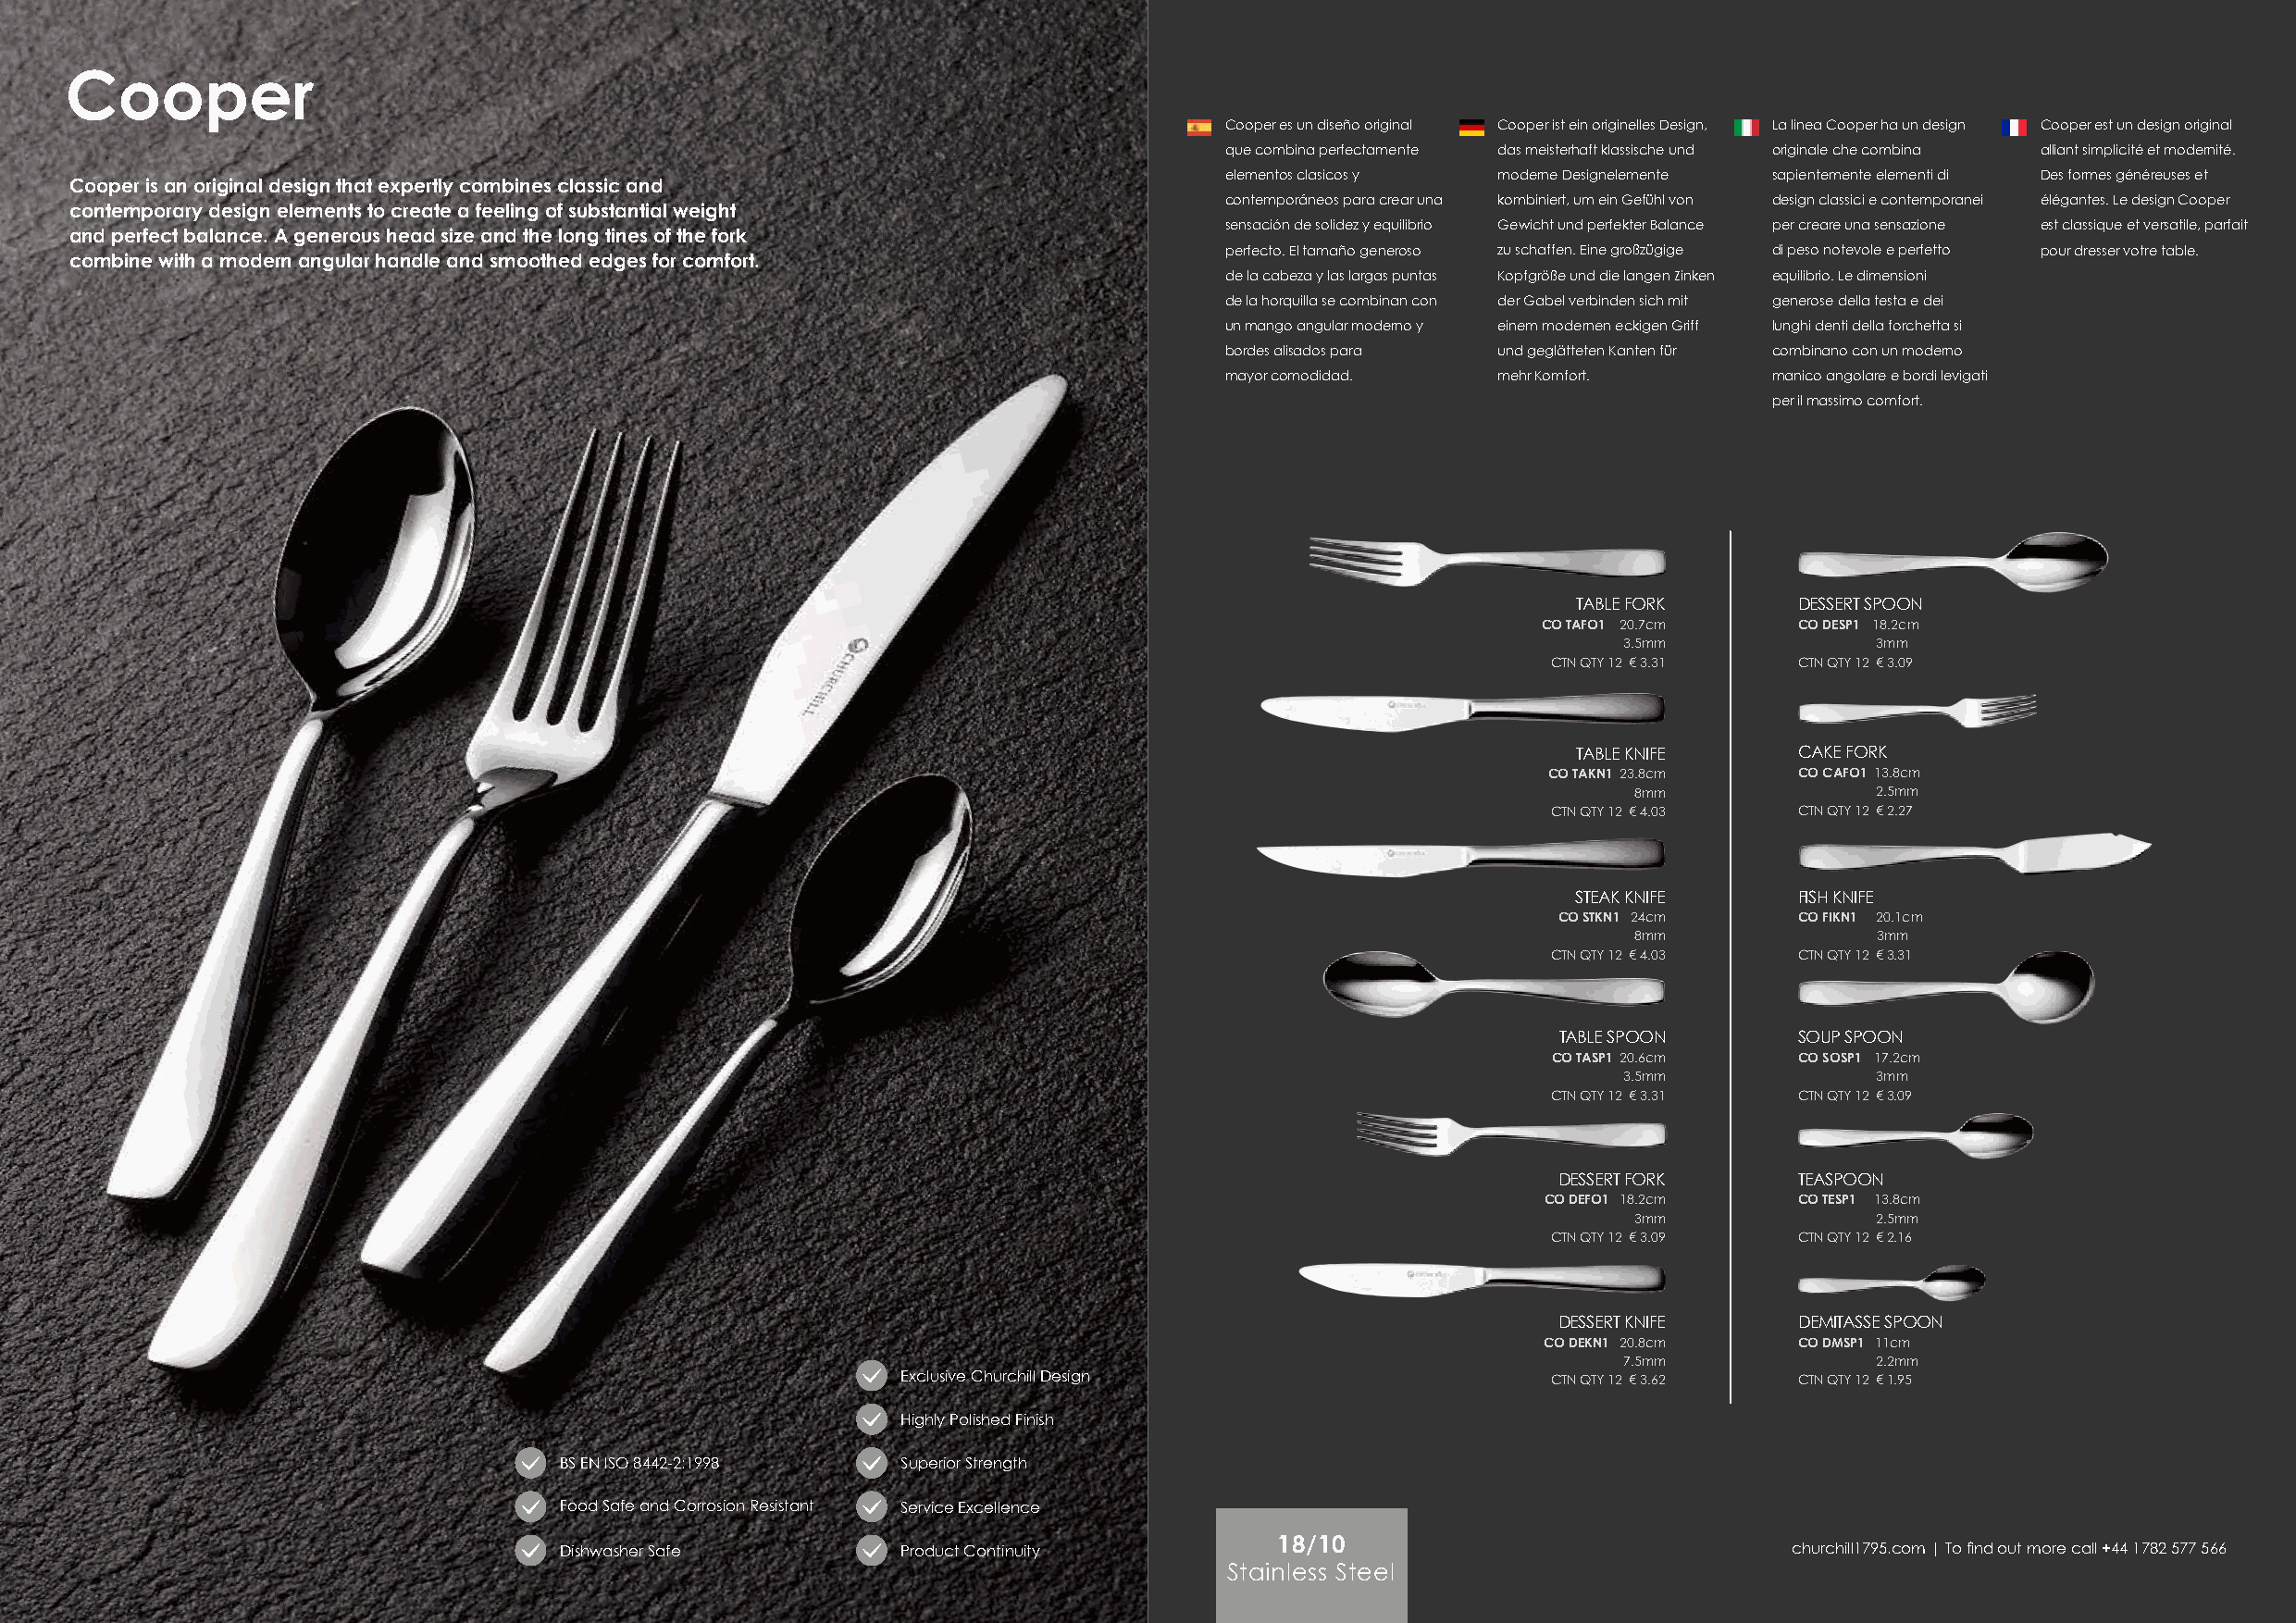
Cooper
 Cooper es un diseño original Cooper ist ein originelles Design, La linea Cooper ha un design Cooper est un design original
 que combina perfectamente das meisterhaft klassische und originale che combina alliant simplicité et modernité.
 elementos clasicos y moderne Designelemente sapientemente elementi di Des formes généreuses et
 Cooper is an original design that expertly combines classic and
 contemporáneos para crear una kombiniert, um ein Gefühl von design classici e contemporanei élégantes. Le design Cooper
 contemporary design elements to create a feeling of substantial weight
 sensación de solidez y equilibrio Gewicht und perfekter Balance per creare una sensazione est classique et versatile, parfait
 and perfect balance. A generous head size and the long tines of the fork
 perfecto. El tamaño generoso zu schaffen. Eine großzügige di peso notevole e perfetto pour dresser votre table.
 combine with a modern angular handle and smoothed edges for comfort.
 de la cabeza y las largas puntas Kopfgröße und die langen Zinken equilibrio. Le dimensioni
 de la horquilla se combinan con der Gabel verbinden sich mit generose della testa e dei
 un mango angular moderno y einem modernen eckigen Griff lunghi denti della forchetta si
 bordes alisados para und geglätteten Kanten für combinano con un moderno
 mayor comodidad.   mehr Komfort.       manico angolare e bordi levigati
 per il massimo comfort.
 TABLE FORK      DESSERT SPOON
 CO TAFO1 20.7cm    CO DESP1 18.2cm
 3.5mm             3mm
 CTN QTY 12 € 3.31 CTN QTY 12 € 3.09
 TABLE KNIFE     CAKE FORK
 CO TAKN1 23.8cm   CO CAFO1 13.8cm
 8mm              2.5mm
 CTN QTY 12 € 4.03 CTN QTY 12 € 2.27
 STEAK KNIFE     FISH KNIFE
 CO STKN1 24cm     CO FIKN1 20.1cm
 8mm              3mm
 CTN QTY 12 € 4.03 CTN QTY 12 € 3.31
 TABLE SPOON      SOUP SPOON
 CO TASP1 20.6cm   CO SOSP1 17.2cm
 3.5mm             3mm
 CTN QTY 12 € 3.31 CTN QTY 12 € 3.09
 DESSERT FORK      TEASPOON
 CO DEFO1 18.2cm    CO TESP1 13.8cm
 3mm              2.5mm
 CTN QTY 12 € 3.09 CTN QTY 12 € 2.16
 DESSERT KNIFE     DEMITASSE SPOON
 CO DEKN1 20.8cm    CO DMSP1 11cm
 7.5mm             2.2mm
 Exclusive Churchill Design                     CTN QTY 12 € 3.62 CTN QTY 12 € 1.95
 Highly Polished Finish
 BS EN ISO 8442-2:1998   Superior Strength
 Food Safe and Corrosion Resistant Service Excellence
 18/10
 Dishwasher Safe         Product Continuity                                              churchill1795.com | To find out more call +44 1782 577 566
 6                                                                                    Stainless Steel